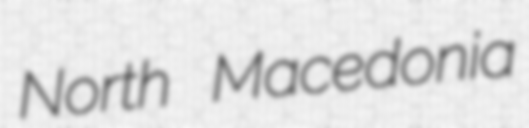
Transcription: North Macedonia